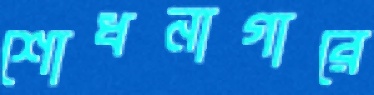
শোধনাগারে